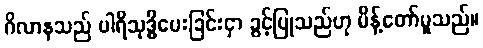
ဂိလာနသည် ပါရိသုဒ္ဓိပေးခြင်းငှာ ခွင့်ပြုသည်ဟု မိန့်တော်မူသည်။